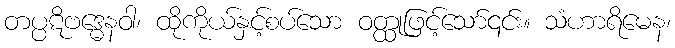
တပ္ပဋိဗဒ္ဓေနဝါ၊ ထိုကိုယ်နှင့်စပ်သော ဝတ္ထုဖြင့်သော်၎င်း။ သံဟာရိမေန၊